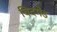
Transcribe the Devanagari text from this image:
बिदमेड